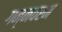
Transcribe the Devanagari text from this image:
गन्‍नवरम